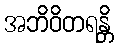
အဘိဝိတရန္တိ